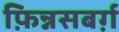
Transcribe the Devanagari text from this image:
फ़िन्नसबर्ग़